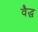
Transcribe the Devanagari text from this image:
वैद्ध